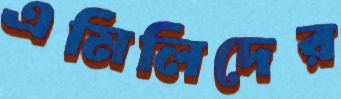
এমিলিদের